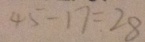
4 5 - 1 7 = 2 8